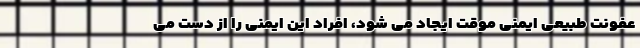
عفونت طبیعی ایمنی موقت ایجاد می شود، افراد این ایمنی را از دست می